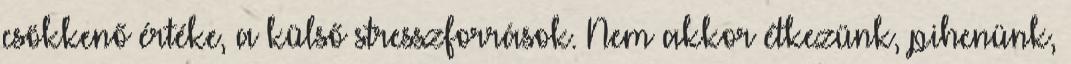
csökkenő értéke, a külső stresszforrások. Nem akkor étkezünk, pihenünk,